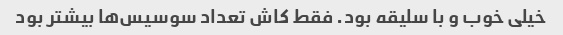
خیلی خوب و با سلیقه بود. فقط کاش تعداد سوسیس‌ها بیشتر بود